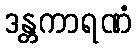
ဒန္တကာရဏံ